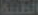
الطبية